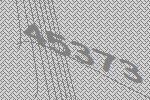
45373